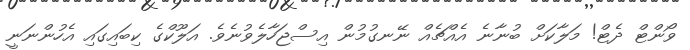
ވޯންޓް ދެޓް! މަލާކަށް ބުނާނެ އެއްޗެއް ނޭނގުމުން އިސްޖަހާލެވުނެވެ. އަލޫކްގެ ކިބައިގައި އެހުންނަނީ